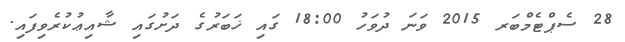
28 ސެޕްޓެމްބަރ 2015 ވަނަ ދުވަހު 18:00 ގައި ޚަބަރުގެ ދަށުގައި ޝާއިޢުކުރެވިފައި.